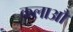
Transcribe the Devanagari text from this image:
कलाऔ